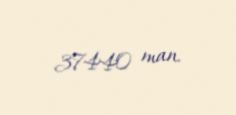
37440 man.